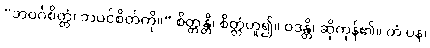
“ဘဝင်္ဂစိတ္တံ၊ ဘဝင်စိတ်ကို။” စိတ္တန္တိ၊ စိတ္တံဟူ၍။ ဝဒန္တိ၊ ဆိုကုန်၏။ တံ ပန၊